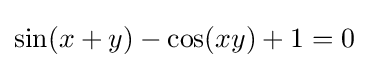
\sin(x+y)-\cos(xy)+1=0